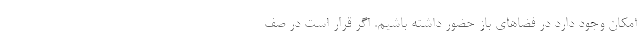
امکان وجود دارد در فضاهای باز حضور داشته باشیم. اگر قرار است در صف